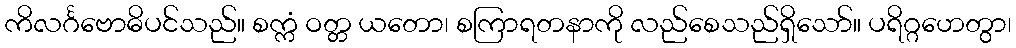
ကိလင်္ဂဗောဓိပင်သည်။ စက္ကံ ဝတ္တ ယတော၊ စကြာရတနာကို လည်စေသည်ရှိသော်။ ပရိဂ္ဂဟေတွာ၊